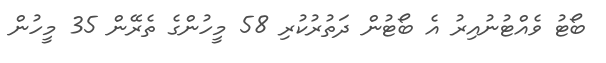
ބޯޓު ވެއްޓުނުއިރު އެ ބޯޓުން ދަތުރުކުރި 58 މީހުންގެ ތެރޭން 35 މީހުން